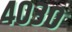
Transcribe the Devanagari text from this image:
४०३०